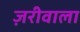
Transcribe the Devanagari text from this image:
ज़रीवाला